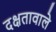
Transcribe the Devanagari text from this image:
दक्षतावाले